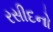
રસીદનો